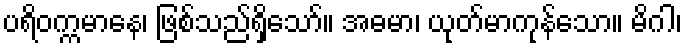
ပရိဝက္ကမာနေ၊ ဖြစ်သည်ရှိသော်။ အဓမာ၊ ယုတ်မာကုန်သော။ မိဂါ၊